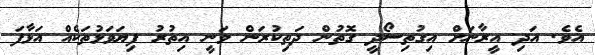
އެވެ. އަދި އީރާނަށް އިގުތިސޯދީ ގޮތުން ދަތިކުރަން ވަނީ އިތުރު ފިޔަވަޅުތަކެއް އަޅާފަ